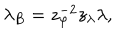
LaTeX: \lambda _ { B } = z _ { \varphi } ^ { - 2 } z _ { \lambda } \lambda ,